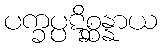
ပက္ခပ္ပဋိစ္ဆန္နာယ